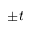
\pm t